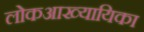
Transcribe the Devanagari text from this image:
लोकआख्यायिका